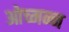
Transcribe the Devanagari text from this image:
ओच्मन्न